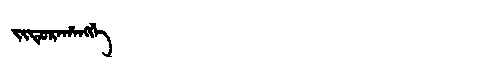
Manchu: ᠵᡳᡩᡠᡵᠠᡥᠠᠩᡤᡝ
Romanization: JIDURAHANGGE